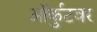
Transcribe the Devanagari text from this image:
ऑर्कुटवर